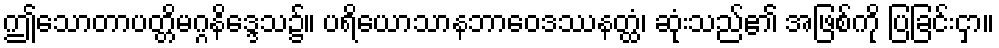
ဤသောတာပတ္တိမဂ္ဂနိဒ္ဒေသ၌။ ပရိယောသာနဘာဝေဒဿနတ္ထံ၊ ဆုံးသည်၏ အဖြစ်ကို ပြခြင်းငှာ။